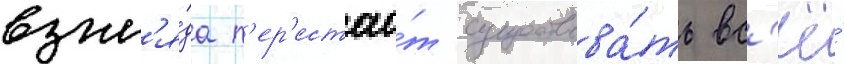
взгл'я́да п'ер'естао́т существова́ть вс'ё́